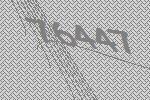
76447